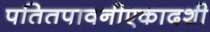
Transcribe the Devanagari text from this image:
पतितपावनीएकादशी